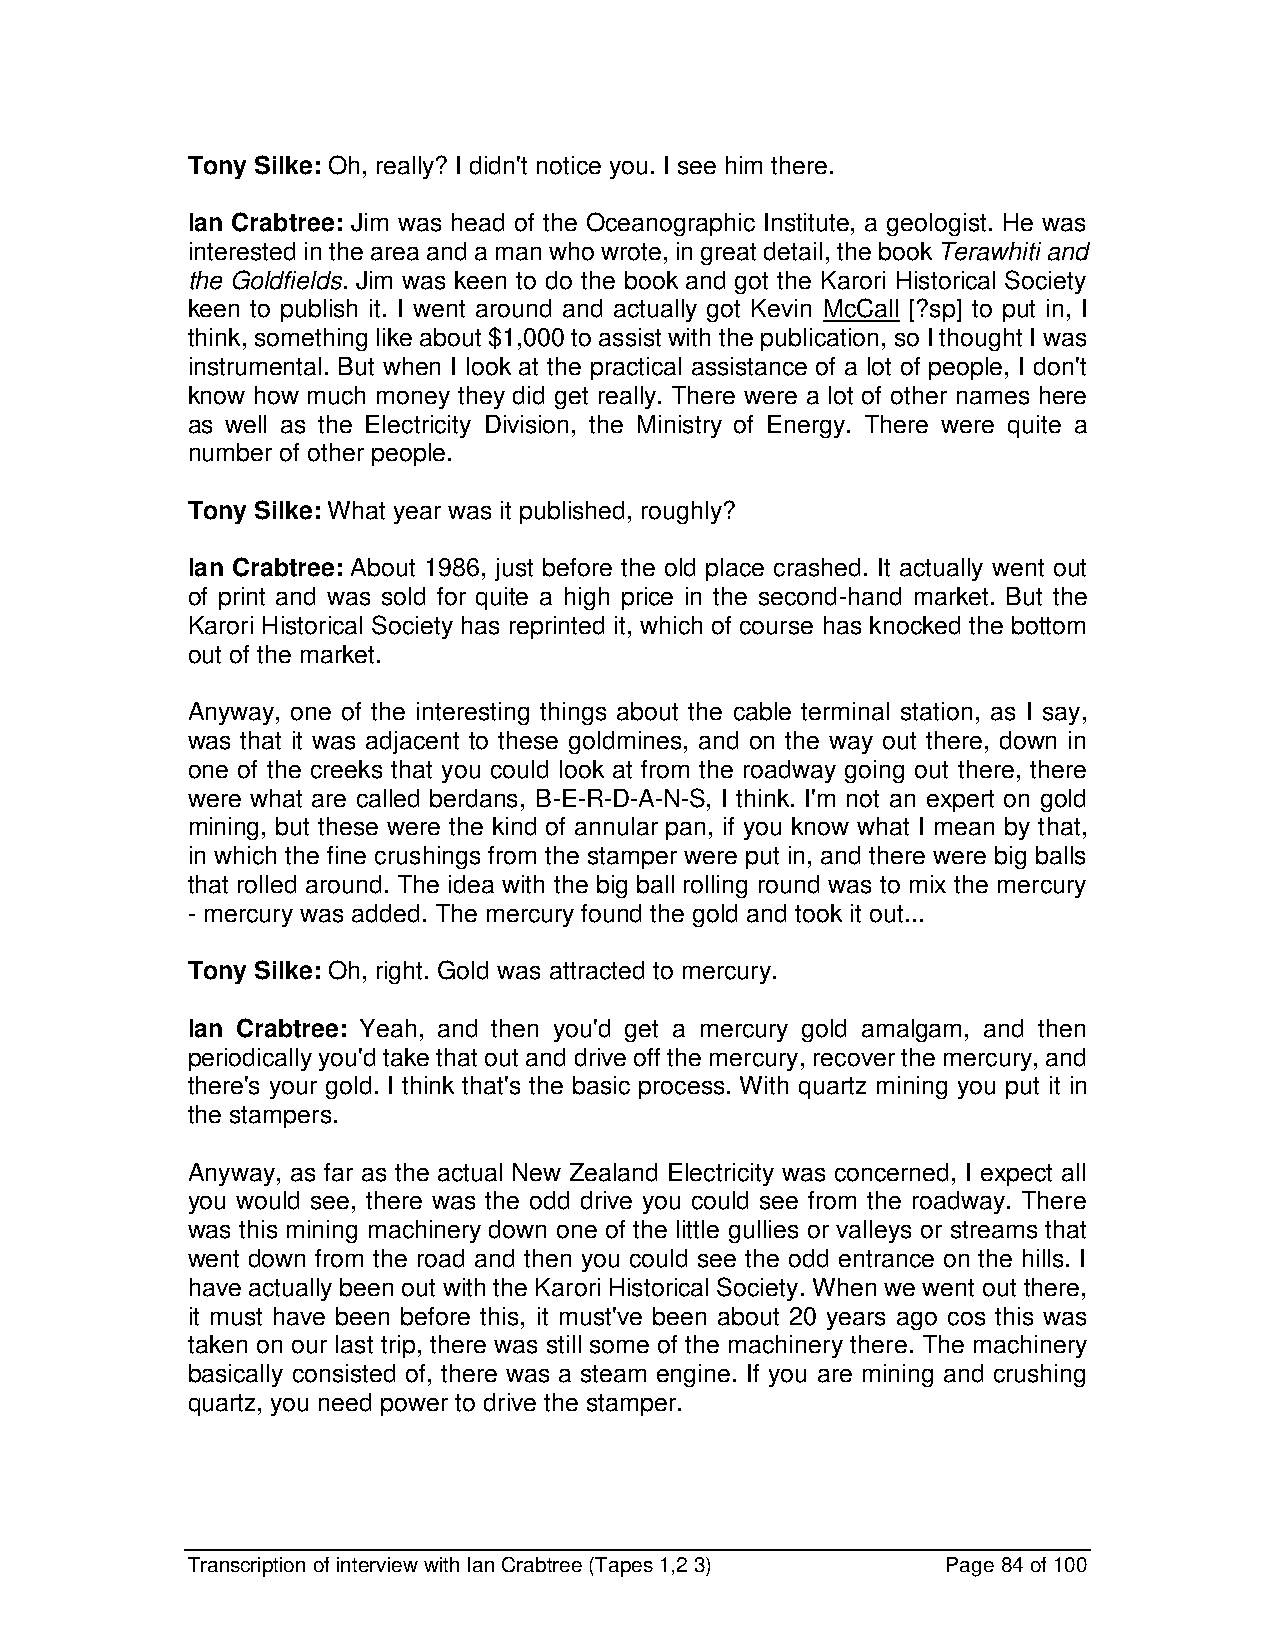
Tony Silke: Oh, really? I didn't notice you. I see him there.
 Ian Crabtree: Jim was head of the Oceanographic Institute, a geologist. He was
 interested in the area and a man who wrote, in great detail, the book Terawhiti and
 the Goldfields. Jim was keen to do the book and got the Karori Historical Society
 keen to publish it. I went around and actually got Kevin McCall [?sp] to put in, I
 think, something like about $1,000 to assist with the publication, so I thought I was
 instrumental. But when I look at the practical assistance of a lot of people, I don't
 know how much money they did get really. There were a lot of other names here
 as well as the Electricity Division, the Ministry of Energy. There were quite a
 number of other people.
 Tony Silke: What year was it published, roughly?
 Ian Crabtree: About 1986, just before the old place crashed. It actually went out
 of print and was sold for quite a high price in the second-hand market. But the
 Karori Historical Society has reprinted it, which of course has knocked the bottom
 out of the market.
 Anyway, one of the interesting things about the cable terminal station, as I say,
 was that it was adjacent to these goldmines, and on the way out there, down in
 one of the creeks that you could look at from the roadway going out there, there
 were what are called berdans, B-E-R-D-A-N-S, I think. I'm not an expert on gold
 mining, but these were the kind of annular pan, if you know what I mean by that,
 in which the fine crushings from the stamper were put in, and there were big balls
 that rolled around. The idea with the big ball rolling round was to mix the mercury
 - mercury was added. The mercury found the gold and took it out...
 Tony Silke: Oh, right. Gold was attracted to mercury.
 Ian Crabtree: Yeah, and then you'd get a mercury gold amalgam, and then
 periodically you'd take that out and drive off the mercury, recover the mercury, and
 there's your gold. I think that's the basic process. With quartz mining you put it in
 the stampers.
 Anyway, as far as the actual New Zealand Electricity was concerned, I expect all
 you would see, there was the odd drive you could see from the roadway. There
 was this mining machinery down one of the little gullies or valleys or streams that
 went down from the road and then you could see the odd entrance on the hills. I
 have actually been out with the Karori Historical Society. When we went out there,
 it must have been before this, it must've been about 20 years ago cos this was
 taken on our last trip, there was still some of the machinery there. The machinery
 basically consisted of, there was a steam engine. If you are mining and crushing
 quartz, you need power to drive the stamper.
 Transcription of interview with Ian Crabtree (Tapes 1,2 3) Page 84 of 100